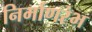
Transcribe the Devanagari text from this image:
निर्माणरंभ